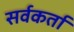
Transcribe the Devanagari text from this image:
सर्वकर्ता